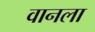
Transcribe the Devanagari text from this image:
वानला